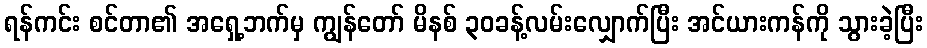
ရန်ကင်း စင်တာ၏ အရှေ့ဘက်မှ ကျွန်တော် မိနစ် ၃၀ခန့်လမ်းလျှောက်ပြီး အင်ယားကန်ကို သွားခဲ့ပြီး